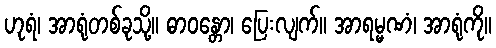
ဟုရံ၊ အာရုံတစ်ခုသို့။ ဓာဝန္တော၊ ပြေးလျက်။ အာရမ္မဏံ၊ အာရုံကို။